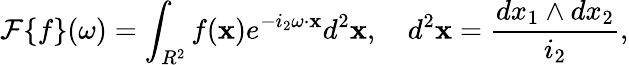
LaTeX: {\mathcal F}\{ f\} (\omega)=\int_{R^{2}}f({\mathbf x})e^{-i_{2}\omega\cdot{\mathbf x}}d^{2}{\mathbf x},\quad d^{2}{\mathbf x}=\frac{dx_{1}\wedge dx_{2}}{i_{2}},